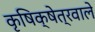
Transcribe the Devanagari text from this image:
कृषिक्षेत्रवाले